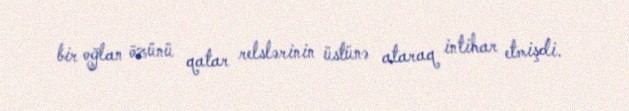
bir oğlan özünü qatar relslərinin üstünə ataraq intihar etmişdi.